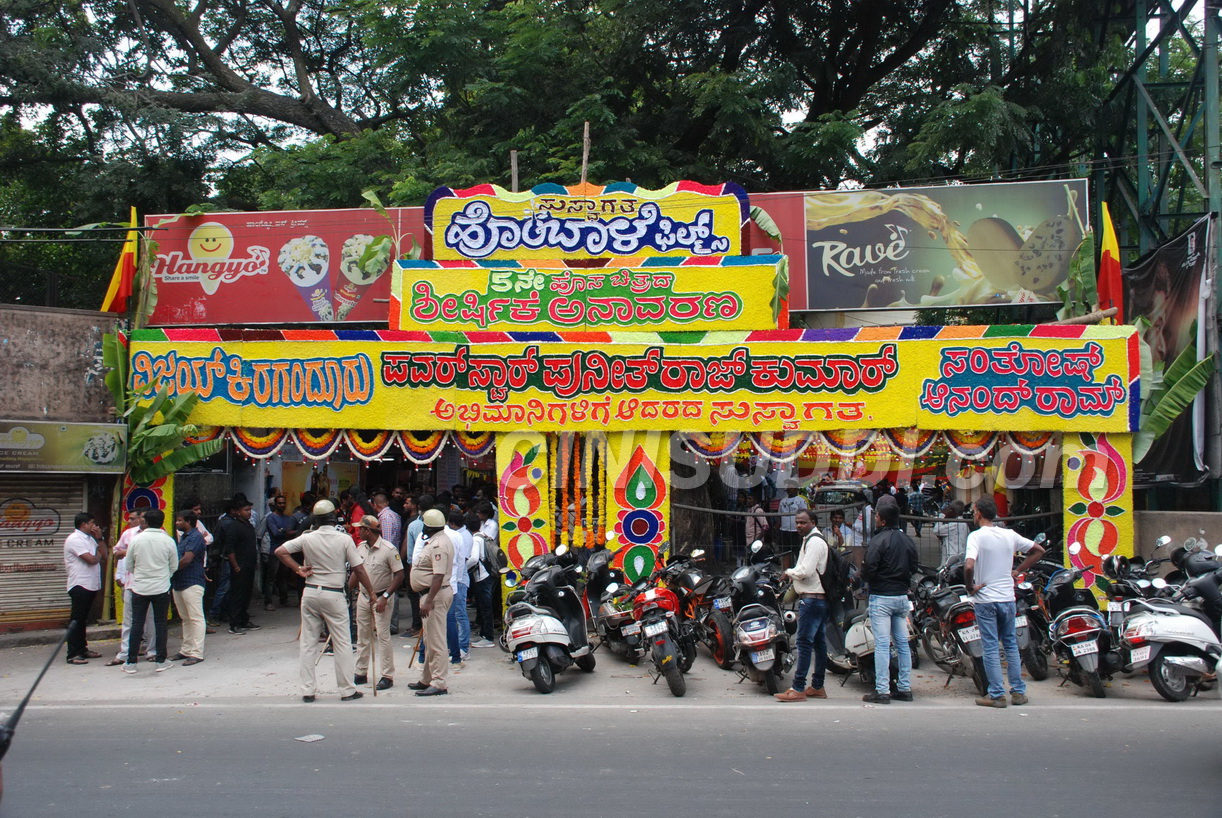
Language: kannada
Transcription: ಸಂತೋಷ್ ಆನಂದ್ ಅಬಿಮಾನಿಗಳಿಗೆ ಸುಸ್ವಾಗತ ರಾಮ ಆದರದ ಪವರ್ ಸ್ಟಾರ್ ಪುನೀತ್ ರಾಜ್ ಕುಮಾರ್ ಕಿರಗಂದೂರು